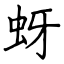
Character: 蚜